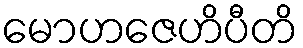
မောဟဇေဟိပီတိ